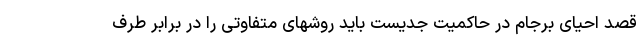
قصد احیای برجام در حاکمیت جدیست باید روشهای متفاوتی را در برابر طرف